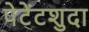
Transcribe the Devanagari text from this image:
पेटेंटशुदा